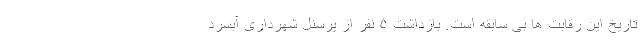
تاریخ این رقابت ها بی سابقه است. بازداشت ۵ نفر از پرسنل شهرداری آبسرد